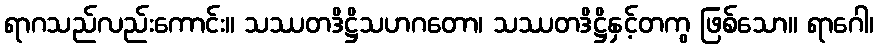
ရာဂသည်လည်းကောင်း။ သဿတဒိဋ္ဌိသဟဂတော၊ သဿတဒိဋ္ဌိနှင့်တကွ ဖြစ်သော။ ရာဂေါ၊